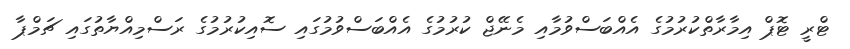
ޓްރީ ޓޮޕް އިމާރާތްކުރުމުގެ އެއްބަސްވުމާއި މެނޭޖް ކުރުމުގެ އެއްބަސްވުމުގައި ސޮއިކުރުމުގެ ރަސްމިއްޔާތުގައި ޗަމްޕާ